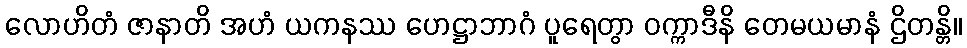
လောဟိတံ ဇာနာတိ အဟံ ယကနဿ ဟေဋ္ဌာဘာဂံ ပူရေတွာ ဝက္ကာဒီနိ တေမယမာနံ ဌိတန္တိ။